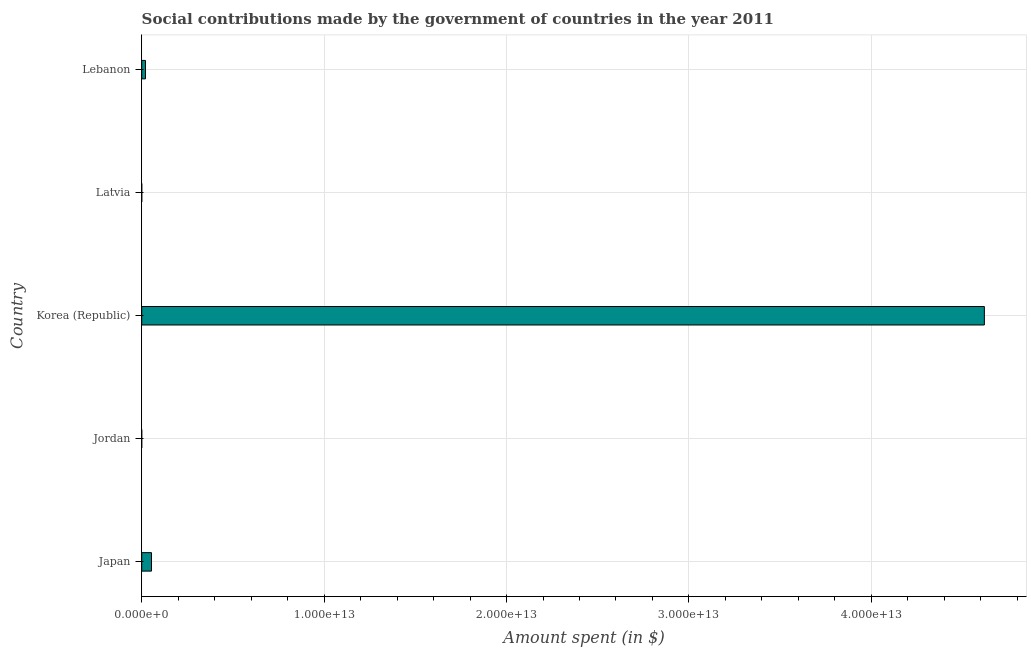
| Country | Social contributions |
 | --- | --- |
 | Japan | 5.35e+11 |
 | Jordan | 2.07e+07 |
 | Korea (Republic) | 4.62e+13 |
 | Latvia | 1.23e+09 |
 | Lebanon | 2.06e+11 |